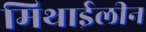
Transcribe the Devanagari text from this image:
मिथाईलीन